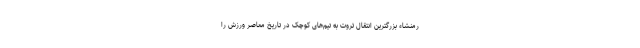
رمنشاء بزرگترین انتقال ثروت به تیم‌های کوچک در تاریخ معاصر ورزش را